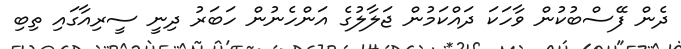
ދެން ފޭސްބުކުން ވާހަކަ ދައްކަމުން ޖަލާލުގެ އަންހެނުން ހަބަރު ދިނީ ސީރިއާގައި ތިބި